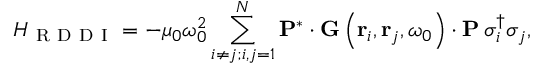
H _ { \mathrm { ~ R ~ D ~ D ~ I ~ } } = - \mu _ { 0 } \omega _ { 0 } ^ { 2 } \sum _ { i \neq j ; i , j = 1 } ^ { N } \mathbf { P ^ { * } } \cdot \mathbf { G } \left( \mathbf { r } _ { i } , \mathbf { r } _ { j } , \omega _ { 0 } \right) \cdot \mathbf { P } \: \sigma _ { i } ^ { \dagger } \sigma _ { j } ,